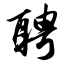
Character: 聘